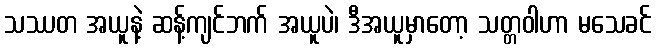
သဿတ အယူနဲ့ ဆန့်ကျင်ဘက် အယူပဲ၊ ဒီအယူမှာတော့ သတ္တဝါဟာ မသေခင်